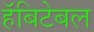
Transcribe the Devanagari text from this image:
हॅबिटेबल